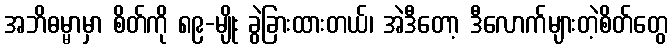
အဘိဓမ္မာမှာ စိတ်ကို ၈၉-မျိုး ခွဲခြားထားတယ်၊ အဲဒီတော့ ဒီလောက်များတဲ့စိတ်တွေ